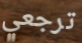
ترجعي